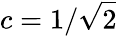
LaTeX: c=1/\sqrt{2}